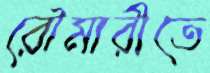
রৌমারীতে